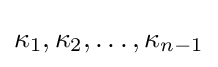
\kappa _{1},\kappa _{2},\dots ,\kappa _{n-1}